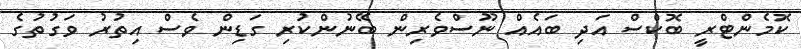
ކޮމެންޓްރީ ބޮކްސް އަދި ބައެއް ނޫސްވެރިން ބޭނުންކުރި ގަޑިން ވެސް އިތުރު ވަގުތުގެ